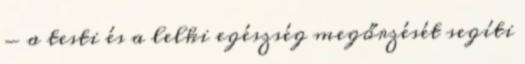
- a testi és a lelki egészség megőrzését segíti